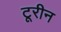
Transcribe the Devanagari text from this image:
टूरीन